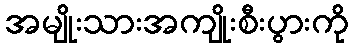
အမျိုးသားအကျိုးစီးပွားကို